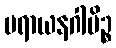
ပရာယနဂါမိဉ္စ